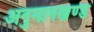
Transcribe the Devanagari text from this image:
अनुमानखण्ड